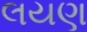
લયણ